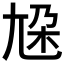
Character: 尮